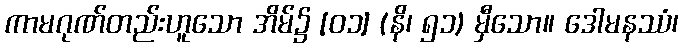
ကာမဂုဏ်တည်းဟူသော အိမ်၌ [၀၁] (နိ၊ ၅၁) မှီသော။ ဒေါမနဿံ၊